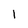
Character: 1